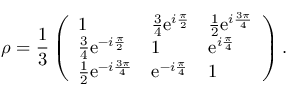
\rho = \frac { 1 } { 3 } \left( \begin{array} { l l l } { 1 } & { \frac { 3 } { 4 } \mathrm { e } ^ { i \frac { \pi } { 2 } } } & { \frac { 1 } { 2 } \mathrm { e } ^ { i \frac { 3 \pi } { 4 } } } \\ { \frac { 3 } { 4 } \mathrm { e } ^ { - i \frac { \pi } { 2 } } } & { 1 } & { \mathrm { e } ^ { i \frac { \pi } { 4 } } } \\ { \frac { 1 } { 2 } \mathrm { e } ^ { - i \frac { 3 \pi } { 4 } } } & { \mathrm { e } ^ { - i \frac { \pi } { 4 } } } & { 1 } \end{array} \right) .